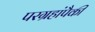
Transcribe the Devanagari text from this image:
परग्रहांपैकी